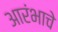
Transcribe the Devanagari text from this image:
आरंभाचे